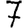
Digit: 7